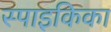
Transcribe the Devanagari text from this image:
स्पाइकिका